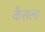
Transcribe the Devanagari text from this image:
कैसला